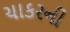
ચાકરની